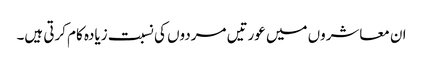
ان معاشروں میں عورتیں مردوں کی نسبت زیادہ کام کرتی ہیں۔